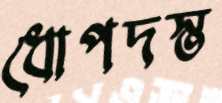
ধোপদস্ত